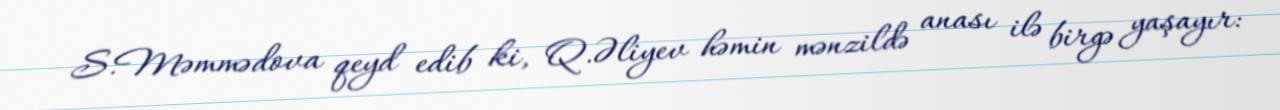
S.Məmmədova qeyd edib ki, Q.Əliyev həmin mənzildə anası ilə birgə yaşayır: